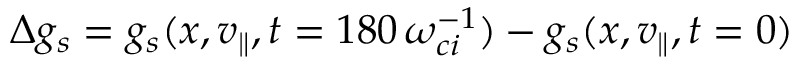
\Delta g _ { s } = g _ { s } ( x , v _ { \parallel } , t = 1 8 0 \, \omega _ { c i } ^ { - 1 } ) - g _ { s } ( x , v _ { \parallel } , t = 0 )